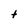
Character: t